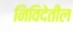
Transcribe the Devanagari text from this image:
निविदेतील